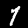
Digit: 7